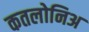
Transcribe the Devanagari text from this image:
कतलोनिअ